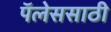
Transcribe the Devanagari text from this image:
पॅलेससाठी